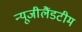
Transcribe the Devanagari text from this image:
न्यूजीलैंडटीम